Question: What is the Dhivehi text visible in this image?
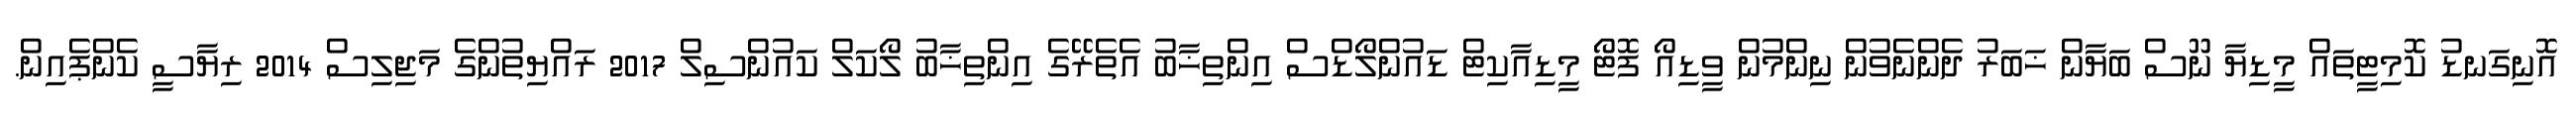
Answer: އޮނިގަނޑު ކޮމިޓީތައް މީޑިޔާ ނޫސް ބަޔާން ޚަބަރު ދެންނެވުން ނިންމުން ވީޑިއޯ ފޮޓޯ މީޑިއާކިޓް ޑައުންލޯޑްސް އިންތިޚާބު އެތެރޭގެ އިންތިޚާބު ލޯކަލް ކައުންސިލް 2017 ރައްޔިތުންގެ މަޖިލިސް 2014 ރިޔާސީ ކެންޕެއިން.